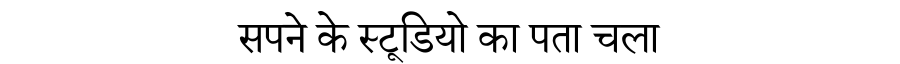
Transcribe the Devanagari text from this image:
सपने के स्टूडियो का पता चला